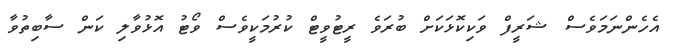
އެހެންނަމަވެސް ޝަރީފް ވަކިކޮޅަކަށް ބުރަވެ ރީޓުވީޓް ކުރުމަކީވެސް ވޯޓު އޮޅުވާލި ކަން ސާބިތުވާ